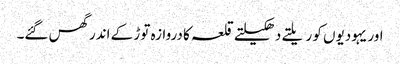
اور یہودیوں کو ریلتے دھکیلتے قلعہ کا دروازہ توڑ کے اندر گھس گئے۔